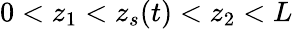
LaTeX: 0<z_{1}<z_{s}(t)<z_{2}<L